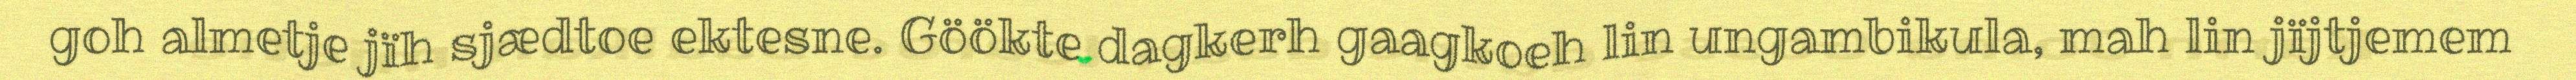
goh almetje jïh sjædtoe ektesne. Göökte dagkerh gaagkoeh lin ungambikula, mah lin jïjtjemem